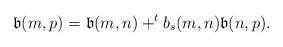
LaTeX: \begin{align*}\mathfrak b(m,p) = \mathfrak b(m,n) + ^t b_s(m,n) \mathfrak b(n,p) . \end{align*}